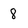
Character: 8